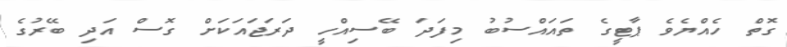
ގޮތް ހެއްޔެވެ ޕާޓީގެ ތައައްސުބު މިފަދަ ބޭސިއްހީ ދަރަޖައަކަށް ގޮސް އަދި ބޭރުގެ